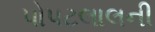
પોપટલાલની